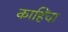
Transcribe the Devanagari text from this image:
काहिंचा